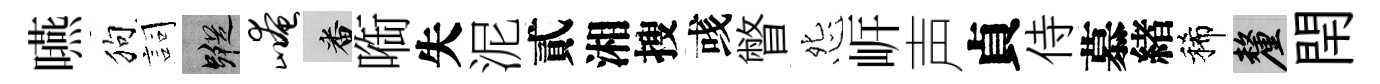
嚥狗詞蹤崦番㗸失泥貳湘搜彧瞥怨㟁声貞侍慕緖稀厘閈